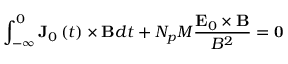
\int _ { - \infty } ^ { 0 } \mathbf { J } _ { 0 } \left( t \right) \times \mathbf { B } d t + N _ { p } M \frac { \mathbf { E } _ { 0 } \times \mathbf { B } } { B ^ { 2 } } = \mathbf { 0 }